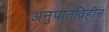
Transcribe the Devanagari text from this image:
अनुपातविहीन